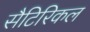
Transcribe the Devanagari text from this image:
सैटिरिकल